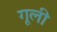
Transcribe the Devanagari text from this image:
गूली